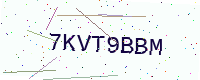
Text: 7KVT9BBM